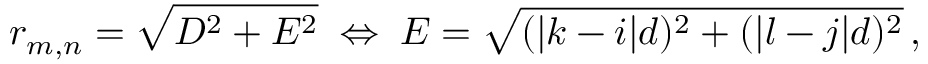
r _ { m , n } = \sqrt { D ^ { 2 } + E ^ { 2 } } \; \Leftrightarrow \; E = \sqrt { ( | k - i | d ) ^ { 2 } + ( | l - j | d ) ^ { 2 } } \, ,